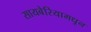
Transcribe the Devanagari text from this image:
सायबेरियामधून